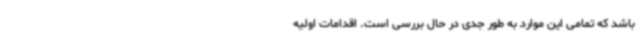
باشد که تمامی این موارد به طور جدی در حال بررسی است. اقدامات اولیه